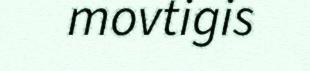
movtigis